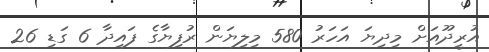
އުރީދޫއަށް މިދިޔަ އަހަރު 580 މިލިޔަން ރުފިޔާގެ ފައިދާ 6 ގަޑި 26